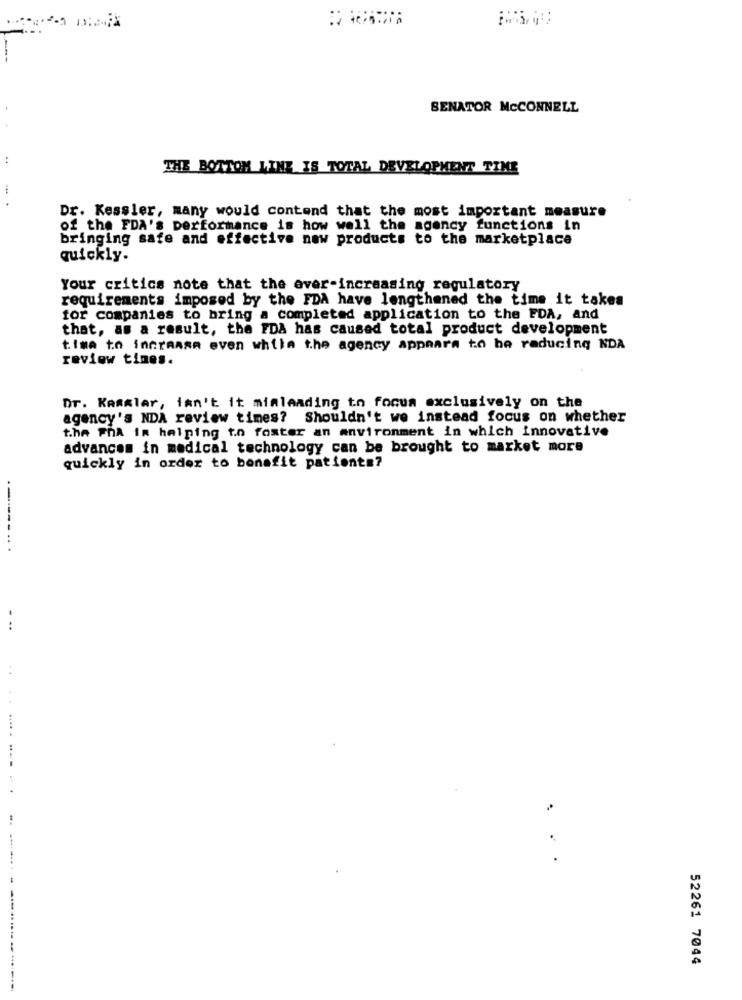
SENATOR MCCONNELL
..
THE BOTTOM LINE IS TOTAL DEVELOPMENT TINE
Dr. Kessler, many would contend that the most important measure
of the FDA's performance is how well the agency functions in
bringing safe and effective now products to the marketplace
quickly.
Your critics note that the ever-increasing regulatory
requirements imposed by the FDA have lengthened the time it takes
for companies to bring a completed application to the EDA, and
that, as a result, the FDA has caused total product development
time to increase even whiin the agency appears to be reducing NDA
review times.
Dr. Kasslar, isn't it mimleading to focus exclusively on the
agency's NDA review times? Shouldn't we instead focus on whether
t.ha PhA in helping to foster an environment in which innovative
advances in medical technology can be brought to market more
quickly in order to benefit patients?
-------..
. ..
.....
52261 7044